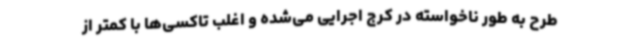
طرح به طور ناخواسته در کرج اجرایی می‌شده و اغلب تاکسی‌ها با کمتر از